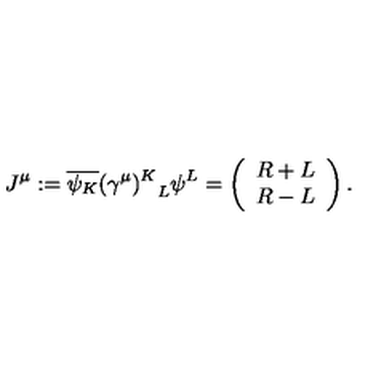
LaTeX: J ^ { \mu } : = \overline { { \psi _ { K } } } { ( \gamma ^ { \mu } ) ^ { K } } _ { L } \psi ^ { L } = \left( \begin{array} { c } { R + L } \\ { R - L } \\ \end{array} \right) .